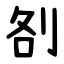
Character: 㓢